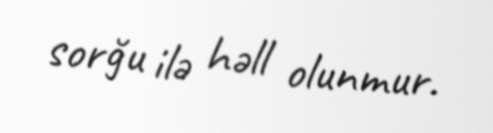
sorğu ilə həll olunmur.